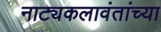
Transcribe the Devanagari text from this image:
नाट्यकलावंतांच्या